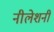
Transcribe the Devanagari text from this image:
नीलेशनी